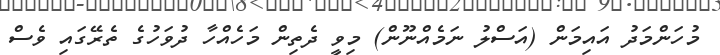
މުހަންމަދު އައިމަން (އަސްލު ނަމެއްނޫން) މިވީ ދެތިން މަހެއްހާ ދުވަހުގެ ތެރޭގައި ވެސް